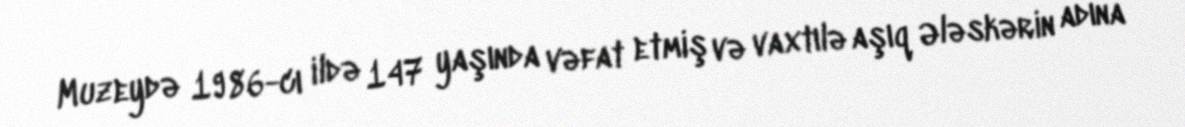
Muzeydə 1986-cı ildə 147 yaşında vəfat etmiş və vaxtılə aşıq Ələskərin adına